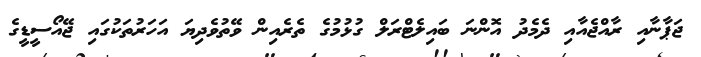
ޖަޕާނާއި ރާއްޖެއާއި ދެމެދު އޮންނަ ބައިލެޓްރަލް ގުޅުމުގެ ތެރެއިން ވޭތުވެދިޔަ އަހަރުތަކުގައި ޖޭއޯސީޑީގެ